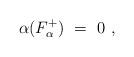
LaTeX: \begin{align*} \alpha(F_\alpha^+)~=~0~,\end{align*}